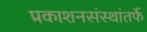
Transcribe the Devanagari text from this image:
प्रकाशनसंस्थांतर्फे